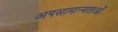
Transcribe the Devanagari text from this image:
अपसामान्यताओं